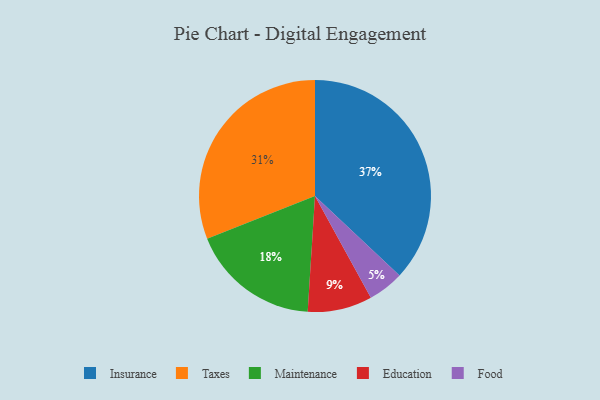
{"axis": {"x": "Category", "y": "Percentage"}, "legend": ["Education", "Food", "Insurance", "Maintenance", "Taxes"], "data": [{"x": "Maintenance", "y": 18, "type": "Maintenance"}, {"x": "Taxes", "y": 31, "type": "Taxes"}, {"x": "Insurance", "y": 37, "type": "Insurance"}, {"x": "Food", "y": 5, "type": "Food"}, {"x": "Education", "y": 9, "type": "Education"}]}